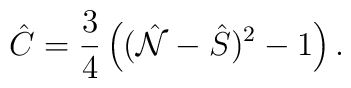
\hat{C}=\frac{3}{4}\left((\hat{\cal N}-\hat{S})^2-1\right).